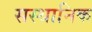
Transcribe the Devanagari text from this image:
सस्थानिक